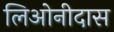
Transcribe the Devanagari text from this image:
लिओनीदास